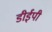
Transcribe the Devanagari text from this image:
डीईपी